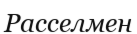
Расселмен